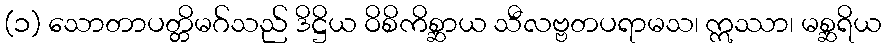
(၁) သောတာပတ္တိမဂ်သည် ဒိဋ္ဌိယ ဝိစိကိစ္ဆာယ သီလဗ္ဗတပရာမသ၊ ဣဿာ၊ မစ္ဆရိယ